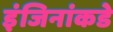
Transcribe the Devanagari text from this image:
इंजिनांकडे